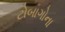
ટોબાગોના